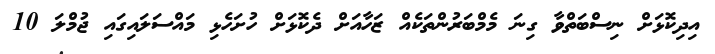
އިދިކޮޅަށް ނިސްބަތްވާ ގިނަ މެމްބަރުންތަކެއް ޒަހާއަށް ދެކޮޅަށް ހުށަހެޅި މައްސަލައިގައި ޖުމްލަ 10